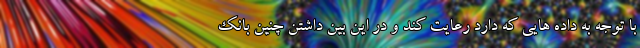
با توجه به داده هایی که دارد رعایت کند و در این بین داشتن چنین بانک